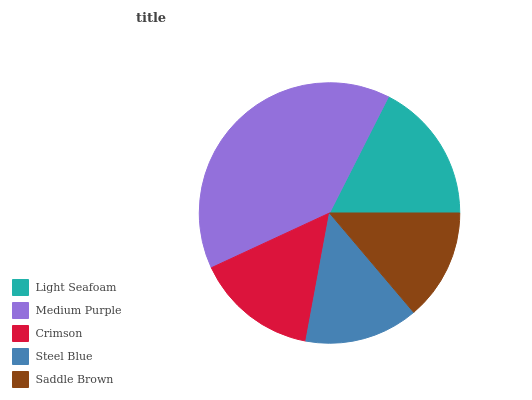
| Light Seafoam | Medium Purple | Crimson | Steel Blue | Saddle Brown |
 | --- | --- | --- | --- | --- |
 | 17.5% | 39.3% | 15.2% | 14.1% | 13.8% |